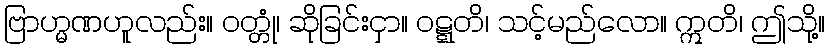
ဗြာဟ္မဏဟူလည်း။ ဝတ္တုံ၊ ဆိုခြင်းငှာ။ ဝဋ္ဋတိ၊ သင့်မည်လော။ ဣတိ၊ ဤသို့။